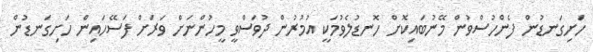
ހަށިގަނޑުން ފެންހުސްވުން މޭނުބައިކޮށް ހޮނޑުލެވުމަކީ އުމުރުން ދުވަސްވީ މީހުންނަށް ވަރަށް ފަސޭހައިން ހަށިގަނޑުން